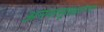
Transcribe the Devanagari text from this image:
अनन्तसूत्रधारण